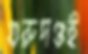
গুরুদণ্ডই